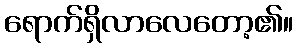
ရောက်ရှိလာလေတော့၏။